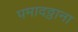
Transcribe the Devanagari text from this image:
पमादठ्ठाना